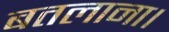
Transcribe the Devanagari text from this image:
बतलाना।